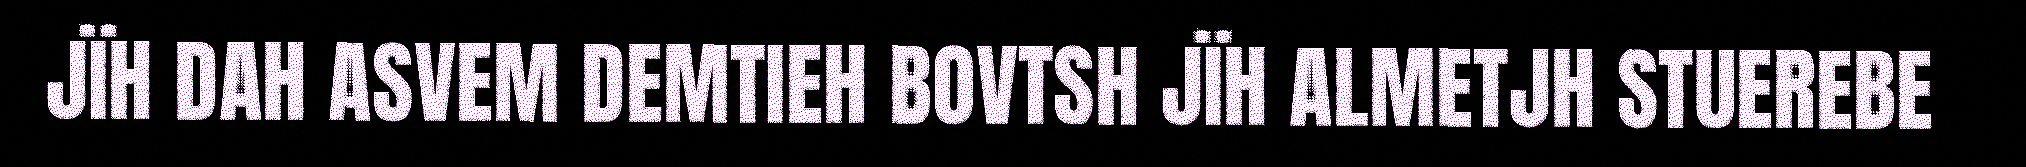
JÏH DAH ASVEM DEMTIEH BOVTSH JÏH ALMETJH STUEREBE